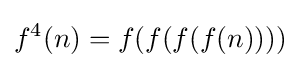
f^{4}(n)=f(f(f(f(n))))